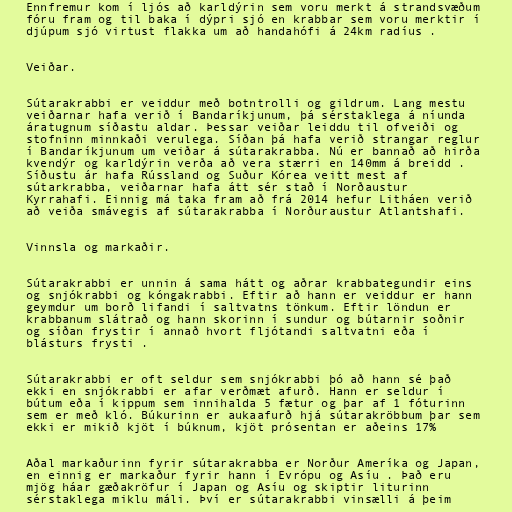
Ennfremur kom í ljós að karldýrin sem voru merkt á strandsvæðum
fóru fram og til baka í dýpri sjó en krabbar sem voru merktir í
djúpum sjó virtust flakka um að handahófi á 24km radíus .

Veiðar.

Sútarakrabbi er veiddur með botntrolli og gildrum. Lang mestu
veiðarnar hafa verið í Bandaríkjunum, þá sérstaklega á níunda
áratugnum síðastu aldar. Þessar veiðar leiddu til ofveiði og
stofninn minnkaði verulega. Síðan þá hafa verið strangar reglur
í Bandaríkjunum um veiðar á sútarakrabba. Nú er bannað að hirða
kvendýr og karldýrin verða að vera stærri en 140mm á breidd .
Síðustu ár hafa Rússland og Suður Kórea veitt mest af
sútarkrabba, veiðarnar hafa átt sér stað í Norðaustur
Kyrrahafi. Einnig má taka fram að frá 2014 hefur Litháen verið
að veiða smávegis af sútarakrabba í Norðuraustur Atlantshafi.

Vinnsla og markaðir.

Sútarakrabbi er unnin á sama hátt og aðrar krabbategundir eins
og snjókrabbi og kóngakrabbi. Eftir að hann er veiddur er hann
geymdur um borð lifandi í saltvatns tönkum. Eftir löndun er
krabbanum slátrað og hann skorinn í sundur og bútarnir soðnir
og síðan frystir í annað hvort fljótandi saltvatni eða í
blásturs frysti .

Sútarakrabbi er oft seldur sem snjókrabbi þó að hann sé það
ekki en snjókrabbi er afar verðmæt afurð. Hann er seldur í
bútum eða í kippum sem innihalda 5 fætur og þar af 1 fóturinn
sem er með kló. Búkurinn er aukaafurð hjá sútarakröbbum þar sem
ekki er mikið kjöt í búknum, kjöt prósentan er aðeins 17%

Aðal markaðurinn fyrir sútarakrabba er Norður Ameríka og Japan,
en einnig er markaður fyrir hann í Evrópu og Asíu . Það eru
mjög háar gæðakröfur í Japan og Asíu og skiptir liturinn
sérstaklega miklu máli. Því er sútarakrabbi vinsælli á þeim